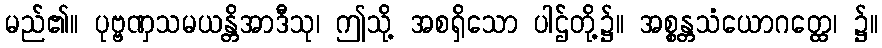
မည်၏။ ပုဗ္ဗဏှသမယန္တိအာဒီသု၊ ဤသို့ အစရှိသော ပါဌ်တို့၌။ အစ္စန္တသံယောဂတ္ထေ၊ ၌။